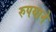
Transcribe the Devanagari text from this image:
रुपयाने